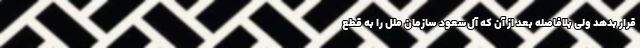
قرار بدهد ولی بلافاصله بعد از آن که آل‌سعود سازمان ملل را به قطع